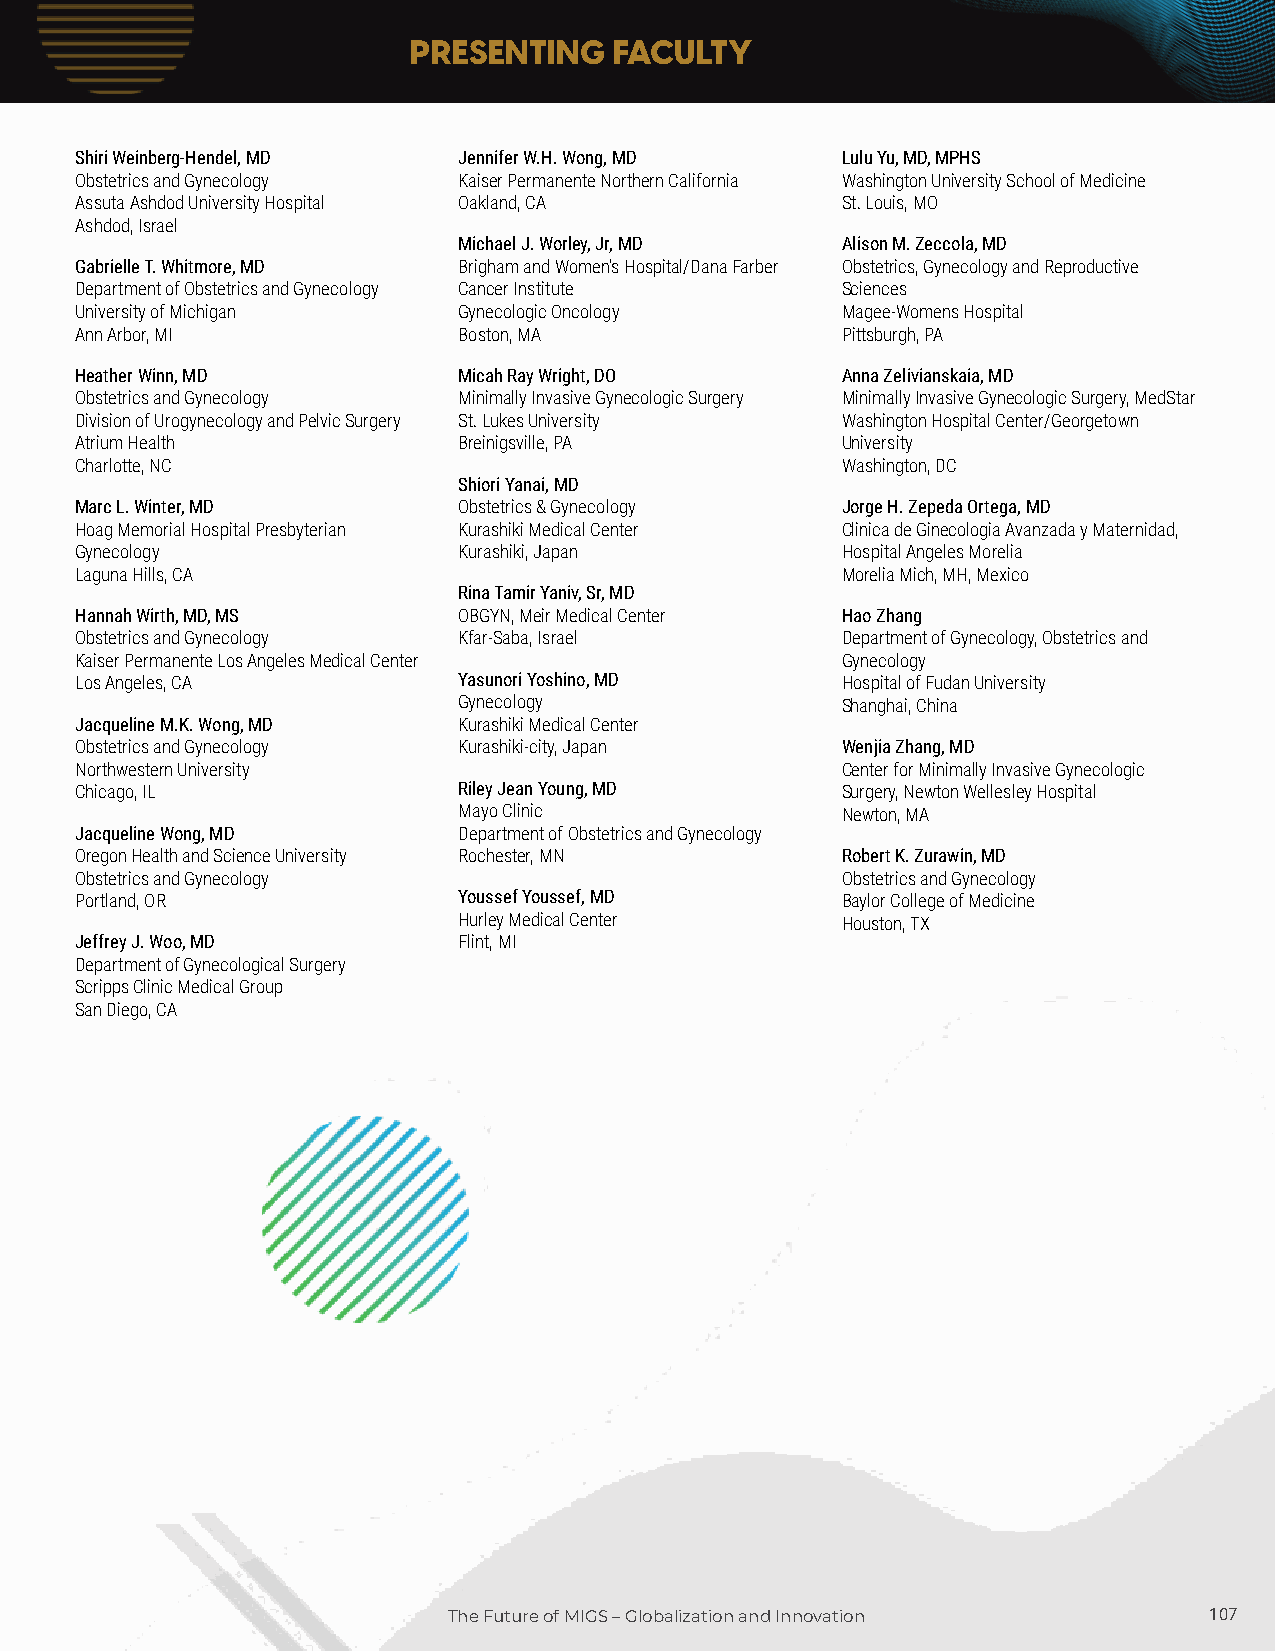
PRESENTING    FACULTY
 Shiri Weinberg-Hendel, MD Jennifer W.H. Wong, MD   Lulu Yu, MD, MPHS
 Obstetrics and Gynecology Kaiser Permanente Northern California Washington University School of Medicine
 Assuta Ashdod University Hospital Oakland, CA      St. Louis, MO
 Ashdod, Israel
 Michael J. Worley, Jr, MD Alison M. Zeccola, MD
 Gabrielle T. Whitmore, MD Brigham and Women’s Hospital/Dana Farber Obstetrics, Gynecology and Reproductive
 Department of Obstetrics and Gynecology Cancer Institute Sciences
 University of Michigan   Gynecologic Oncology      Magee-Womens Hospital
 Ann Arbor, MI            Boston, MA                Pittsburgh, PA
 Heather Winn, MD         Micah Ray Wright, DO      Anna Zelivianskaia, MD
 Obstetrics and Gynecology Minimally Invasive Gynecologic Surgery Minimally Invasive Gynecologic Surgery, MedStar
 Division of Urogynecology and Pelvic Surgery St. Lukes University Washington Hospital Center/Georgetown
 Atrium Health            Breinigsville, PA         University
 Charlotte, NC                                      Washington, DC
 Shiori Yanai, MD
 Marc L. Winter, MD       Obstetrics & Gynecology   Jorge H. Zepeda Ortega, MD
 Hoag Memorial Hospital Presbyterian Kurashiki Medical Center Clinica de Ginecologia Avanzada y Maternidad,
 Gynecology               Kurashiki, Japan          Hospital Angeles Morelia
 Laguna Hills, CA                                   Morelia Mich, MH, Mexico
 Rina Tamir Yaniv, Sr, MD
 Hannah Wirth, MD, MS     OBGYN, Meir Medical Center Hao Zhang
 Obstetrics and Gynecology Kfar-Saba, Israel        Department of Gynecology, Obstetrics and
 Kaiser Permanente Los Angeles Medical Center       Gynecology
 Los Angeles, CA          Yasunori Yoshino, MD      Hospital of Fudan University
 Gynecology                Shanghai, China
 Jacqueline M.K. Wong, MD Kurashiki Medical Center
 Obstetrics and Gynecology Kurashiki-city, Japan    Wenjia Zhang, MD
 Northwestern University                            Center for Minimally Invasive Gynecologic
 Chicago, IL              Riley Jean Young, MD      Surgery, Newton Wellesley Hospital
 Mayo Clinic               Newton, MA
 Jacqueline Wong, MD      Department of Obstetrics and Gynecology
 Oregon Health and Science University Rochester, MN Robert K. Zurawin, MD
 Obstetrics and Gynecology                          Obstetrics and Gynecology
 Portland, OR             Youssef Youssef, MD       Baylor College of Medicine
 Hurley Medical Center     Houston, TX
 Jeffrey J. Woo, MD       Flint, MI
 Department of Gynecological Surgery
 Scripps Clinic Medical Group
 San Diego, CA
 TThhee FFuuttuurree ooff MMIIGGSS –– GGlloobbaalliizzaattiioonn aanndd IInnnnoovvaattiioonn 110077